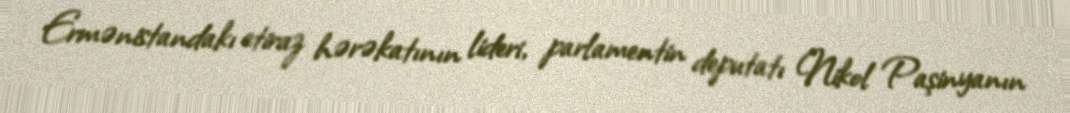
Ermənistandakı etiraz hərəkatının lideri, parlamentin deputatı Nikol Paşinyanın